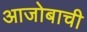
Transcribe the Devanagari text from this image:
आजोबाची